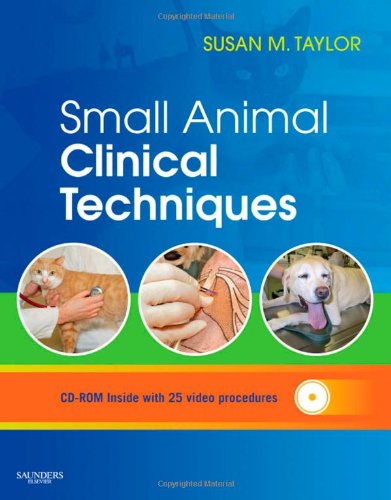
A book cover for Small Animal Clinical Techniques, 1e; Susan Meric Taylor DVM  Diplomate ACVIM; Medical Books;